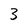
Character: 3